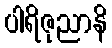
ပါရိဇုညာနိ